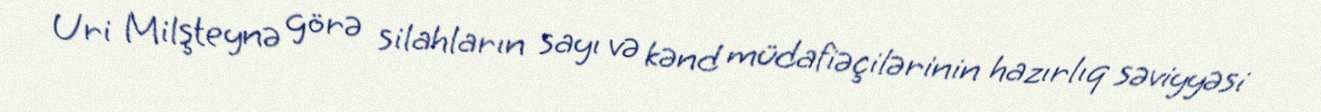
Uri Milşteynə görə silahların sayı və kənd müdafiəçilərinin hazırlıq səviyyəsi